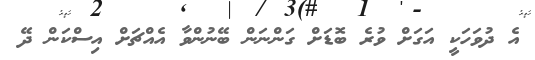
އެ ދުވަހަކީ އަގަށް ވުރެ ބޮޑަށް ގަންނަން ބޭނުންވާ އެއްޗަށް އިސްކަން ދޭ